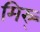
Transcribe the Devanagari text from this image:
मिस्र्